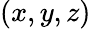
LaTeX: (x,y,z)